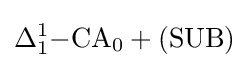
\Delta _{1}^{1}\mathrm {-CA} _{0}+\mathrm {(SUB)}